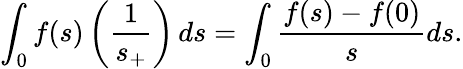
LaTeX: \int_{0}f(s)\left(\frac{1}{s_{+}}\right)\, ds=\int_{0}\frac{f(s)-f(0)}{s}ds.